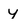
Character: Y